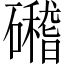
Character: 𥗎